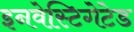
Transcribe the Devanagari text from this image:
इनवेस्टिगेटेड